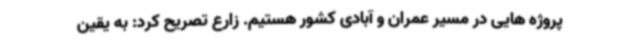
پروژه هایی در مسیر عمران و آبادی کشور هستیم. زارع تصریح کرد: به یقین